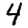
Digit: 4